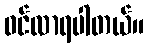
ဝင်လာရပါတယ်။